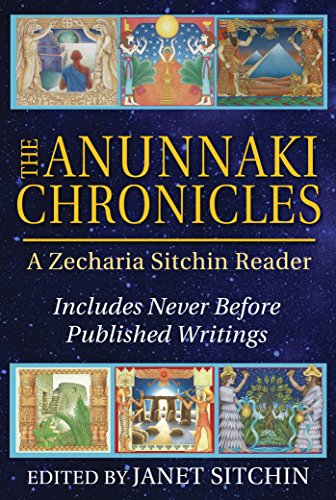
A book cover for The Anunnaki Chronicles: A Zecharia Sitchin Reader; Zecharia Sitchin; Science & Math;